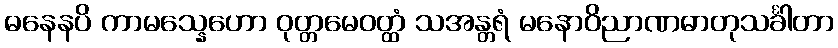
ဓနေနပိ ကာမသ္နေဟော ဝုတ္တမေဝတ္ထံ သအန္တရံ မနောဝိညာဏဓာတုသင်္ခါတာ